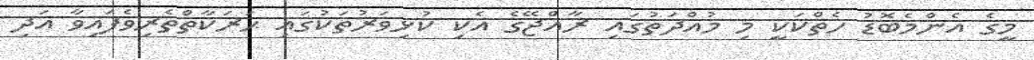
މީގެ އެންމެބޮޑު ހެތްކަކީ މި މުއްދަތުގައި ރާއްޖޭގެ އެކި ކުޅިވަރުތަކުގައި ޙަރަކާތްތެރިވެފައިވާ އަދި